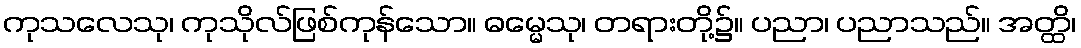
ကုသလေသု၊ ကုသိုလ်ဖြစ်ကုန်သော။ ဓမ္မေသု၊ တရားတို့၌။ ပညာ၊ ပညာသည်။ အတ္ထိ၊